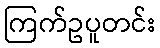
ကြက်ဥပူတင်း